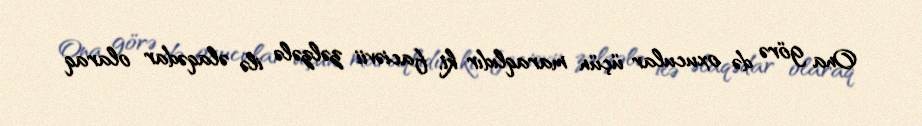
Ona görə də oxucular üçün maraqlıdır ki, faciəvii zəlzələ ilə əlaqədar olaraq